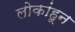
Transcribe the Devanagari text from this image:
लोकांहून